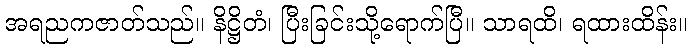
အရညကဇာတ်သည်။ နိဋ္ဌိတံ၊ ပြီးခြင်းသို့ရောက်ပြီ။ သာရထိ၊ ရထားထိန်း။